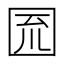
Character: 𡇗